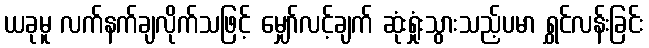
ယခုမူ လက်နက်ချလိုက်သဖြင့် မျှော်လင့်ချက် ဆုံးရှုံးသွားသည့်ပမာ ရွှင်လန်းခြင်း